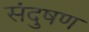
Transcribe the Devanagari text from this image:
संदुषण